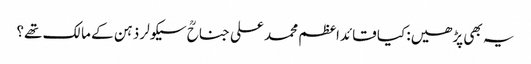
یہ بھی پڑھیں: کیا قائداعظم محمد علی جناحؒ سیکولر ذہن کے مالک تھے؟